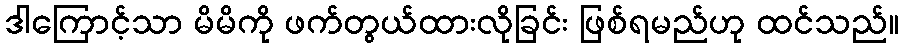
ဒါကြောင့်သာ မိမိကို ဖက်တွယ်ထားလိုခြင်း ဖြစ်ရမည်ဟု ထင်သည်။